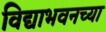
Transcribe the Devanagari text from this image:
विद्याभवनच्या